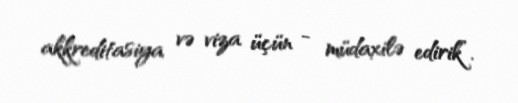
akkreditasiya və viza üçün - müdaxilə edirik”.